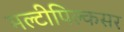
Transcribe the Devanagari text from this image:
मल्टीपिल्कसर